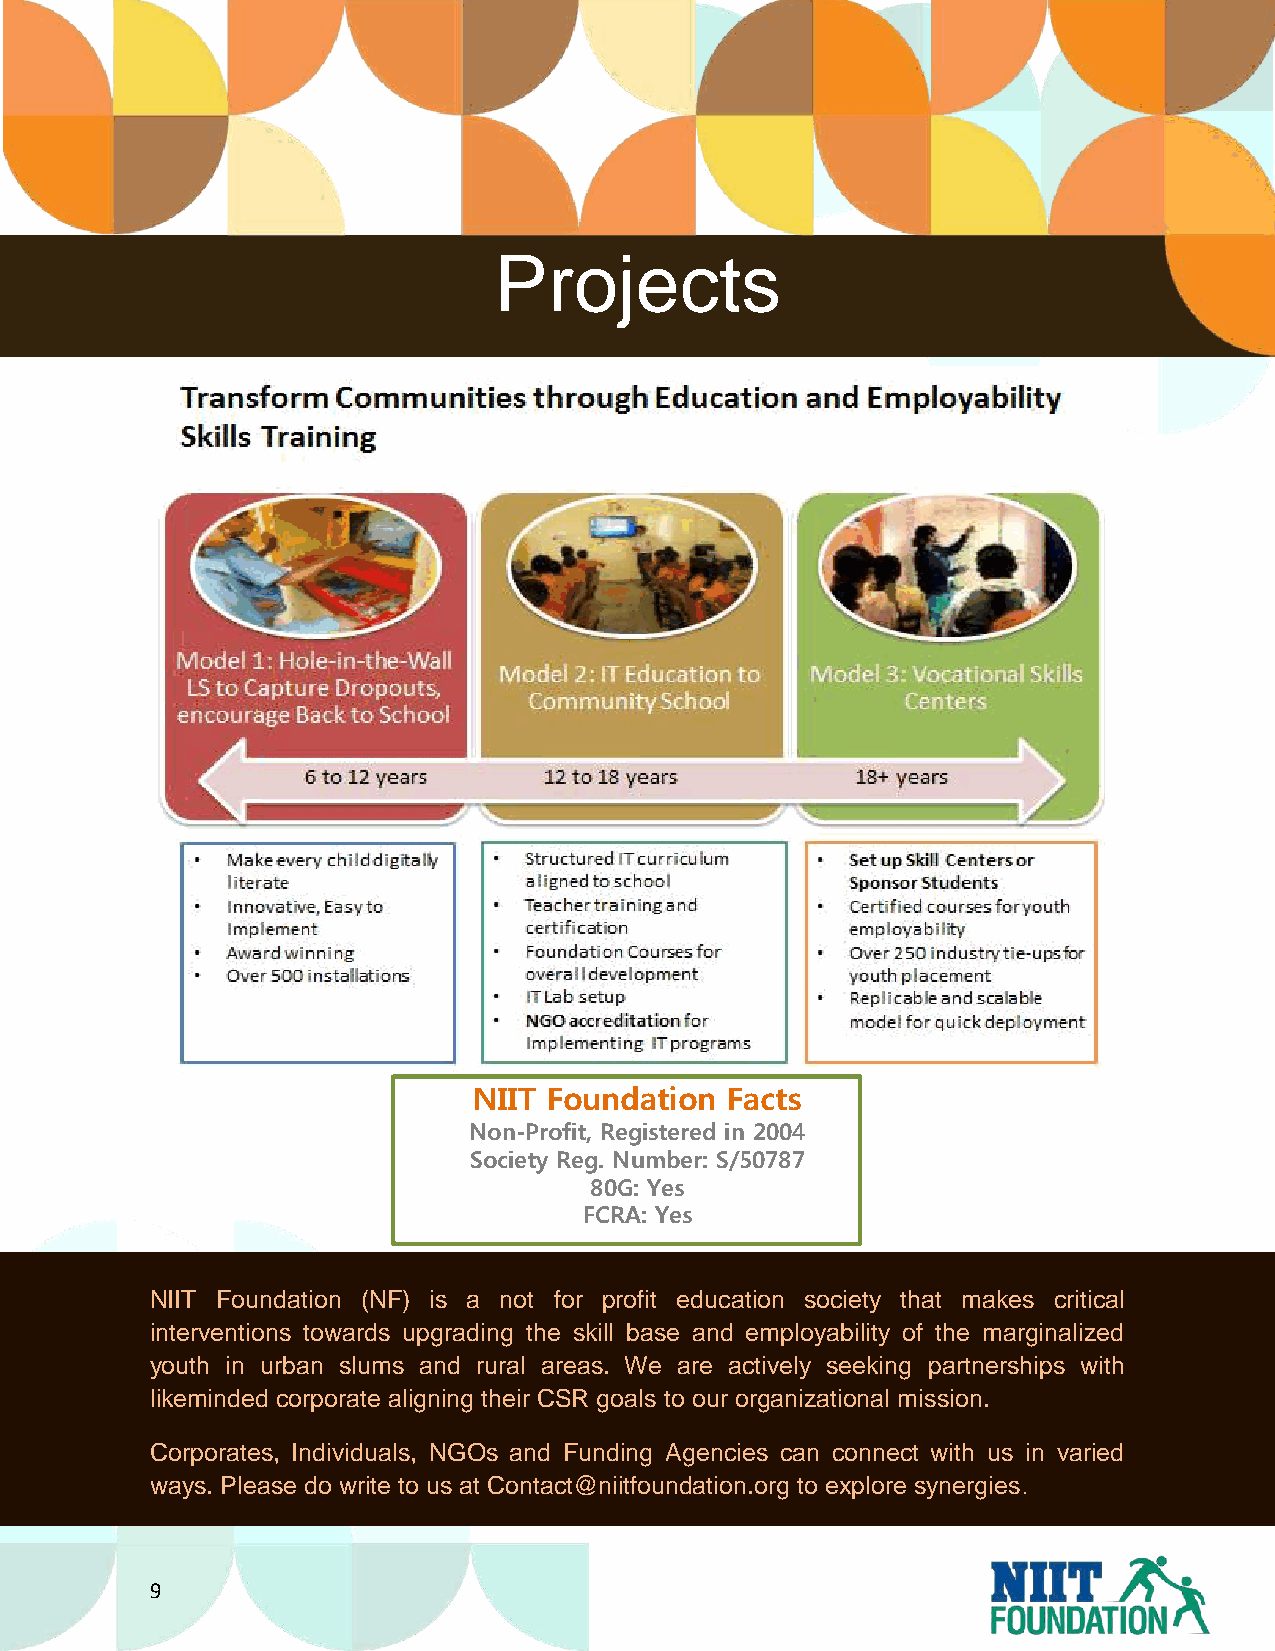
Projects
 NIIT Foundation  Facts
 Non-Profit, Registered in 2004
 Society Reg. Number: S/50787
 80G: Yes
 FCRA: Yes
 NIIT Foundation (NF) is a not for profit education society that makes critical
 interventions towards upgrading the skill base and employability of the marginalized
 youth in urban slums and rural areas. We are actively seeking partnerships with
 likeminded corporate aligning their CSR goals to our organizational mission.
 Corporates, Individuals, NGOs and Funding Agencies can connect with us in varied
 ways. Please do write to us at Contact@niitfoundation.org to explore synergies.
 9